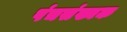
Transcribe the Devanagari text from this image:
पंचसंख्यक